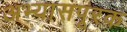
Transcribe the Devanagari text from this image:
अभ्यासपूरक